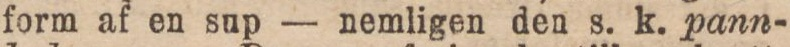
form af en sup — nemligen den s. k. pann-